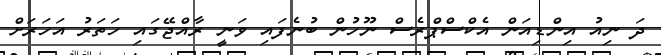
ދަ ނިއު އިންޑިއަން އެކްސްޕްރެސް ނޫހުން ބުނެފައި ވަނީ ރާއްޖޭގައި ހަތަރު އަހަރަށް